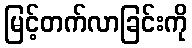
မြင့်တက်လာခြင်းကို